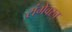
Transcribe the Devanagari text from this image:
रांगेवरच